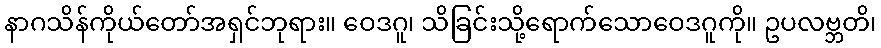
နာဂသိန်ကိုယ်တော်အရှင်ဘုရား။ ဝေဒဂူ၊ သိခြင်းသို့ရောက်သောဝေဒဂူကို။ ဥပလဗ္ဘတိ၊